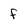
Character: f